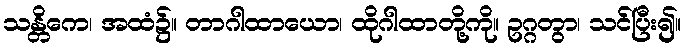
သန္တိကေ၊ အထံ၌။ တာဂါထာယော၊ ထိုဂါထာတို့ကို။ ဥဂ္ဂတွာ၊ သင်ပြီး၍။